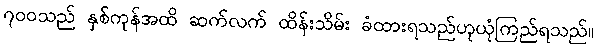
၇၀၀သည် နှစ်ကုန်အထိ ဆက်လက် ထိန်းသိမ်း ခံထားရသည်ဟုယုံကြည်ရသည်။